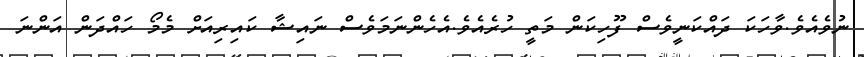
ނުވެއެވެ.ވާހަކަ ދައްކަނީވެސް ފޫހިކަން މަތީ ހުރެއެވެ.އެހެންނަމަވެސް ނައިޝާ ކައިރިއަށް މެމޯ ހައްދަން އަންނަ